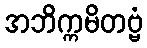
အဘိက္ကမိတဗ္ဗံ